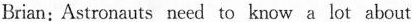
Brian: Astronauts need to know a lot about